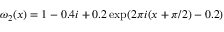
\omega _ { 2 } ( x ) = 1 - 0 . 4 i + 0 . 2 \exp ( 2 \pi i ( x + \pi / 2 ) - 0 . 2 )